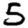
Digit: 5